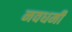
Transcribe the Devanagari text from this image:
नवधर्मी